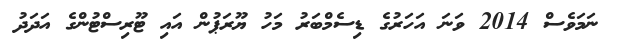
ނަމަވެސް 2014 ވަނަ އަހަރުގެ ޑިސެމްބަރު މަހު ޔޫރަޕުން އައި ޓޫރިސްޓުންގެ އަދަދު